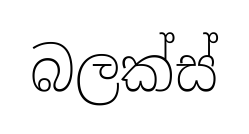
බලක්ස්